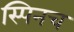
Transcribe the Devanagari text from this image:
स्पिनच